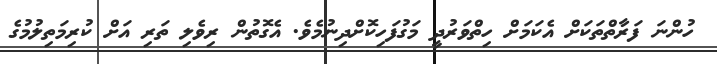
ހުންނަ ފަރާތްތަކަށް އެކަމަށް ހިތްވަރުދީ މަގުފަހިކޮށްދިނުމެވެ. އެގޮތުން ރިވެލި ތަރި އަށް ކުރިމަތިލުމުގެ